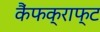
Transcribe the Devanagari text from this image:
कैंफक्राफ्ट